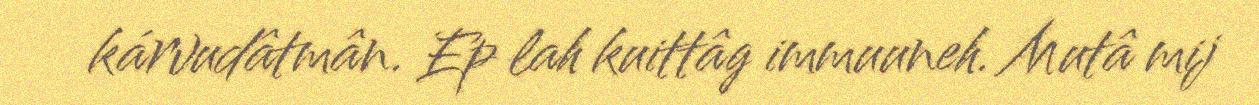
kárvudâtmân. Ep lah kuittâg immuuneh. Mutâ mij